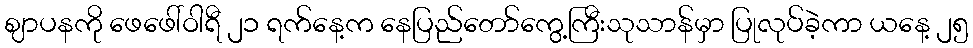
ဈာပနကို ဖေဖေါ်ဝါရီ ၂၁ ရက်နေ့က နေပြည်တော်ကွေ့ကြီးသုသာန်မှာ ပြုလုပ်ခဲ့ကာ ယနေ့ ၂၅